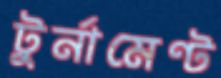
টুর্নামেণ্ট